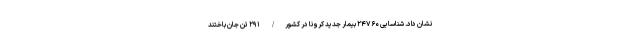
نشان داد. شناسایی ۲۴۷۶۰ بیمار جدید کرونا در کشور/ ۲۹۱ تن جان باختند